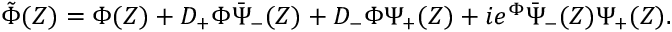
\tilde { \Phi } ( Z ) = \Phi ( Z ) + D _ { + } \Phi \bar { \Psi } _ { - } ( Z ) + D _ { - } \Phi \Psi _ { + } ( Z ) + i e ^ { \Phi } \bar { \Psi } _ { - } ( Z ) \Psi _ { + } ( Z ) .